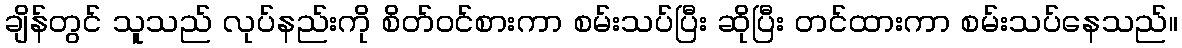
ချိန်တွင် သူသည် လုပ်နည်းကို စိတ်ဝင်စားကာ စမ်းသပ်ပြီး ဆိုပြီး တင်ထားကာ စမ်းသပ်နေသည်။